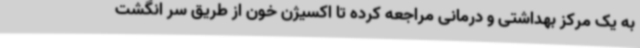
به یک مرکز بهداشتی و درمانی مراجعه کرده تا اکسیژن خون از طریق سر انگشت